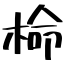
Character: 椧